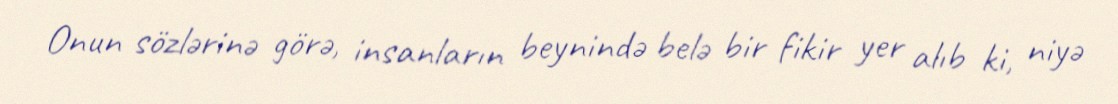
Onun sözlərinə görə, insanların beynində belə bir fikir yer alıb ki, niyə